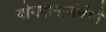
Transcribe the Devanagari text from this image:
योगदानासंबंधी